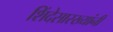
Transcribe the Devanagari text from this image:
शिंदेसारख्यांनी